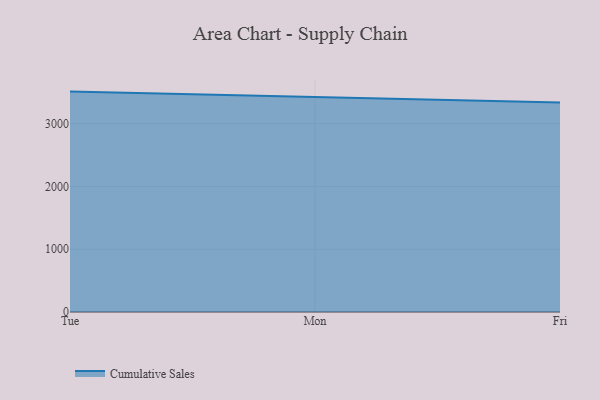
{"axis": {"x": "Day", "y": "Inventory Turnover"}, "legend": ["Cumulative Sales"], "data": [{"x": "Tue", "y": 3512.9, "type": "Cumulative Sales"}, {"x": "Mon", "y": 3432.5, "type": "Cumulative Sales"}, {"x": "Fri", "y": 3340.4, "type": "Cumulative Sales"}]}